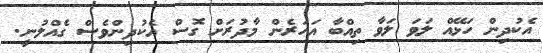
އެކުދިން ހަޅޭއް ލަވަ ލަވާ ތިއްބާ އަހަރެން މާދުރަށް ގޮސް އެކުދިންވެސް ގެއްލުނީ.